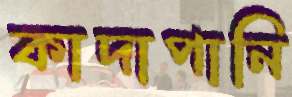
কাদাপানি